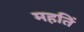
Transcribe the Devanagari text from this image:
महतिं